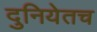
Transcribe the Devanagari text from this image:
दुनियेतच